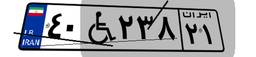
۴۰W۲۳۸۲۱